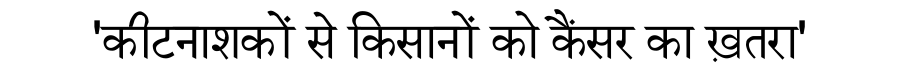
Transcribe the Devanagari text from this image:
'कीटनाशकों से किसानों को कैंसर का ख़तरा'